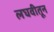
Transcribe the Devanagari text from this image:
लघवीतून